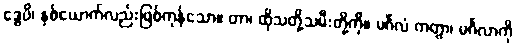
ဒွေပိ၊ နှစ်ယောက်လည်းဖြစ်ကုန်သော။ တာ၊ ထိုသတို့သမီးတို့ကို။ မင်္ဂလံ ကတွာ၊ မင်္ဂလာကို